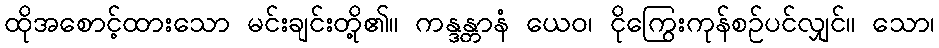
ထိုအစောင့်ထားသော မင်းချင်းတို့၏။ ကန္ဒန္တာနံ ယေဝ၊ ငိုကြွေးကုန်စဉ်ပင်လျှင်။ သော၊